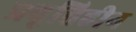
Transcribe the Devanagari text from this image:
प्रवृत्तिहीन